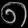
Digit: ၈